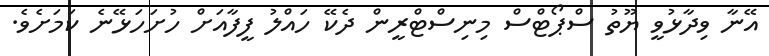
އޭނާ ވިދާޅުވީ ޔޫތު ސްޕޯޓްސް މިނިސްޓްރީން ދެކޭ ހައްލު ފީފާއަށް ހުށަހަޅޭނެ ކަމަށެވެ.